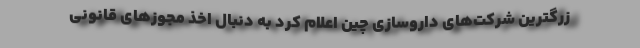
زرگترین شرکت‌های داروسازی چین اعلام کرد به دنبال اخذ مجوزهای قانونی